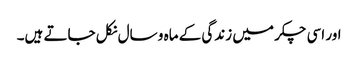
اور اسی چکر میں زندگی کے ماہ و سال نکل جاتے ہیں۔